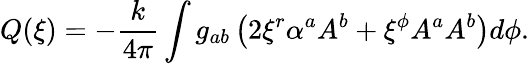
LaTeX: Q(\xi)=-{\frac{k}{4\pi}}\int g_{ab}\left(2\xi^{r}\alpha^{a}A^{b}+\xi^{\phi}A^{a}A^{b}\right)d\phi.